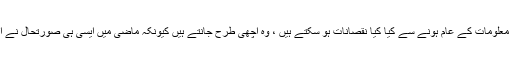
امریکی فوج کےایک سابق سربراہ ہیو شیلٹن کہتے ہیں کہ خفیہ معلومات کے عام ہونے سے کیا کیا نقصانات ہو سکتے ہیں ، وہ اچھی طرح جانتے ہیں کیونکہ ماضی میں ایسی ہی صورتحال نے امریکہ کے لئے اسامہ بن لادن کی گرفتاری مشکل بنا دی تھی۔